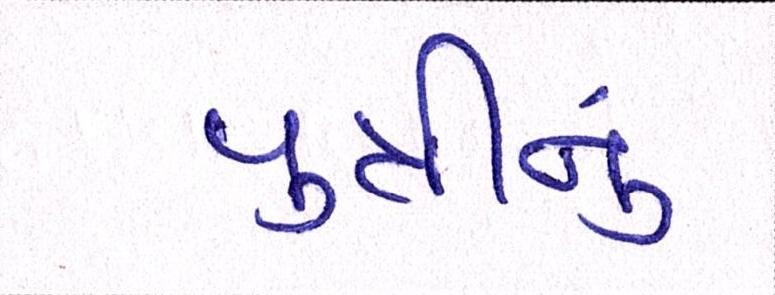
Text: પુત્રીનું